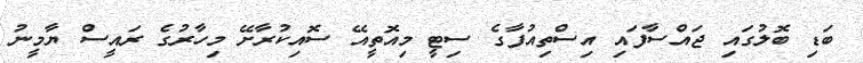
ބަޑި ބޮލުގައި ޖައްސާފައި އިސްތިއުފާގެ ސިޓީ މިއޮތީއޭ ސޮއިކުރާށޭ މިހާރުގެ ރައީސް ޔާމީނު